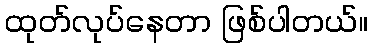
ထုတ်လုပ်နေတာ ဖြစ်ပါတယ်။